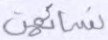
نسائهن